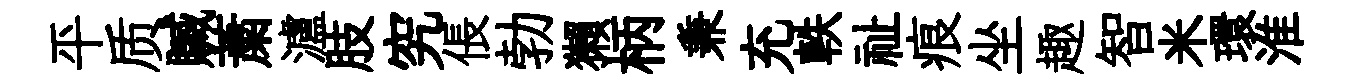
平质贓䔥瀘肢究倀勃獺柄兼充軼祉痕坐趣智米環淮